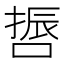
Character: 𠺃